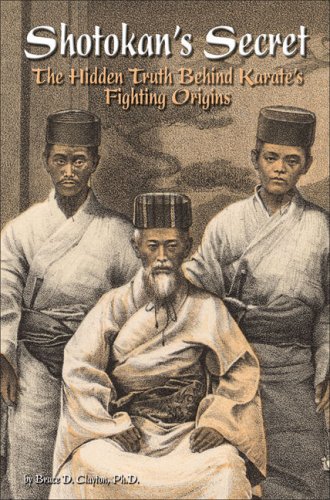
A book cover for Shotokan's Secret: The Hidden Truth Behind Karate's Fighting Origins; Bruce D. Clayton PhD; Sports & Outdoors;